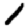
Digit: 1